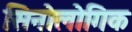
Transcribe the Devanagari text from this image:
सिनोलोगिक